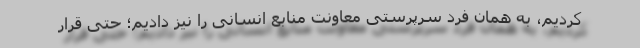
کردیم، به همان فرد سرپرستی معاونت منابع انسانی را نیز دادیم؛ حتی قرار